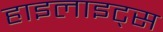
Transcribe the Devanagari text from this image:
हाइलाइट्स